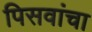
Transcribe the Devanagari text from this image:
पिसवांचा